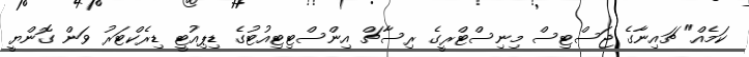
ކަމެއް" ޗައިނާގެ ޖަސްޓިސް މިނިސްޓްރީގެ ރިސާޗް އިންސްޓިޓިއުޓުގެ ޑިޕިއުޓީ ޑިރެކްޓަރު ވަން ގޮންޔީ